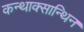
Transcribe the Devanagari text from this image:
कन्थाक्सान्थिन